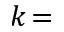
k \! =